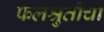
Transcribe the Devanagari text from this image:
फलश्रुतीचा